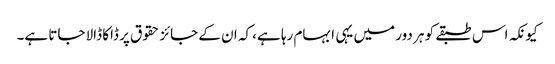
کیونکہ اس طبقے کو ہر دور میں یہی ابہام رہا ہے، کہ ان کے جائز حقوق پر ڈاکا ڈالا جاتا ہے۔